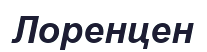
Лоренцен